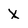
Character: X